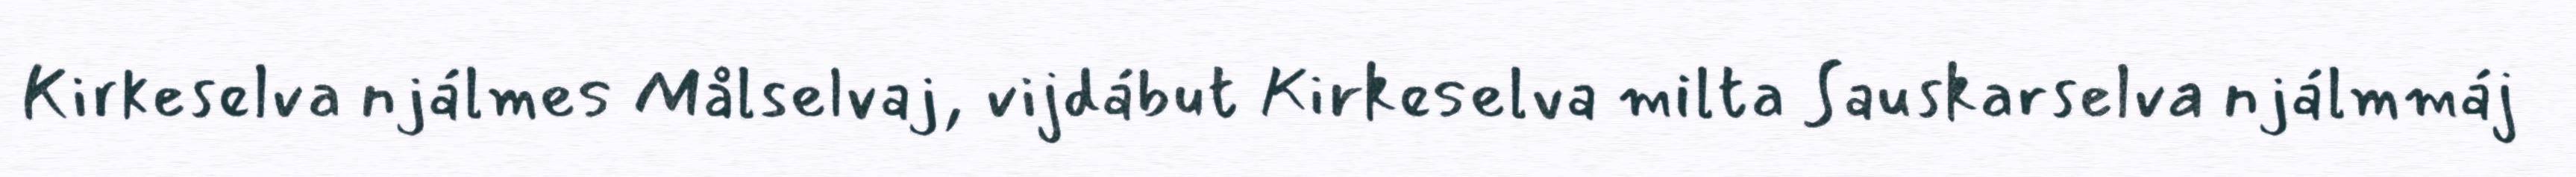
Kirkeselva njálmes Målselvaj, vijdábut Kirkeselva milta Sauskarselva njálmmáj